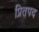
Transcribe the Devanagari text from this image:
प्रितपद